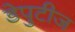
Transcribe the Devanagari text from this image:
डेपुटीज